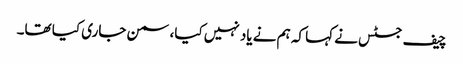
چیف جسٹس نے کہا کہ ہم نے یاد نہیں کیا، سمن جاری کیا تھا۔